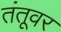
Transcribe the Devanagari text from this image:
तंतूवर